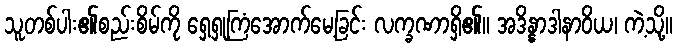
သူတစ်ပါး၏စည်းစိမ်ကို ရှေ့ရှုကြံအောက်မေ့ခြင်း လက္ခဏာရှိ၏။ အဒိန္နာဒါနာဝိယ၊ ကဲ့သို့။